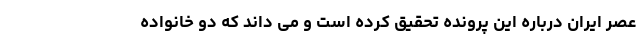
عصر ایران درباره این پرونده تحقیق کرده است و می داند که دو خانواده